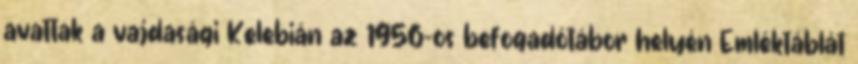
avattak a vajdasági Kelebián az 1956-os befogadótábor helyén Emléktáblát